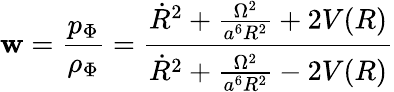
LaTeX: \mathbf{w}=\frac{{p_{\Phi}}}{{\rho_{\Phi}}}=\frac{{\dot{{R}}^{2}+\frac{{\Omega^{2}}}{{a^{6}R^{2}}}+2V(R)}}{{\dot{{R}}^{2}+\frac{{\Omega^{2}}}{{a^{6}R^{2}}}-2V(R)}}